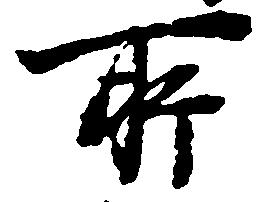
所